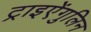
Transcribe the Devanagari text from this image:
ट्राइऐंगुलिन